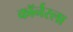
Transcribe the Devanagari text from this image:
काॅर्नरला